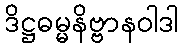
ဒိဋ္ဌဓမ္မနိဗ္ဗာနဝါဒါ